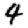
Digit: 4